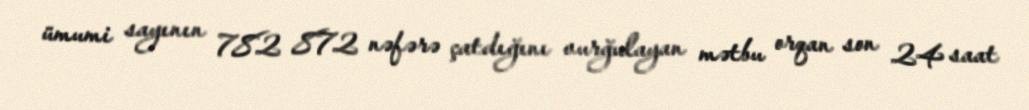
ümumi sayının 782 872 nəfərə çatdığını vurğulayan mətbu orqan son 24 saat